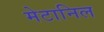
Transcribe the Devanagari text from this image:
मेटानिल